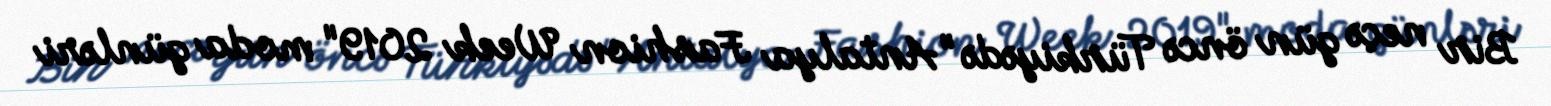
Bir neçə gün öncə Türkiyədə "Antalya Fashion Week 2019" moda günləri